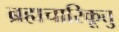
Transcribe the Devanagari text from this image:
ब्रह्मचारिकूत्तु